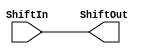
module Shift(ShiftIn, ShiftOut);

    input [31:0] ShiftIn;
    output [31:0] ShiftOut;


    assign ShiftOut = ShiftIn;


endmodule